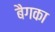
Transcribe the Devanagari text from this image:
बैगका